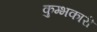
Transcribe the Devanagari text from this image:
कुम्भकारी